Report of the Hyderabad Chloroform Commission
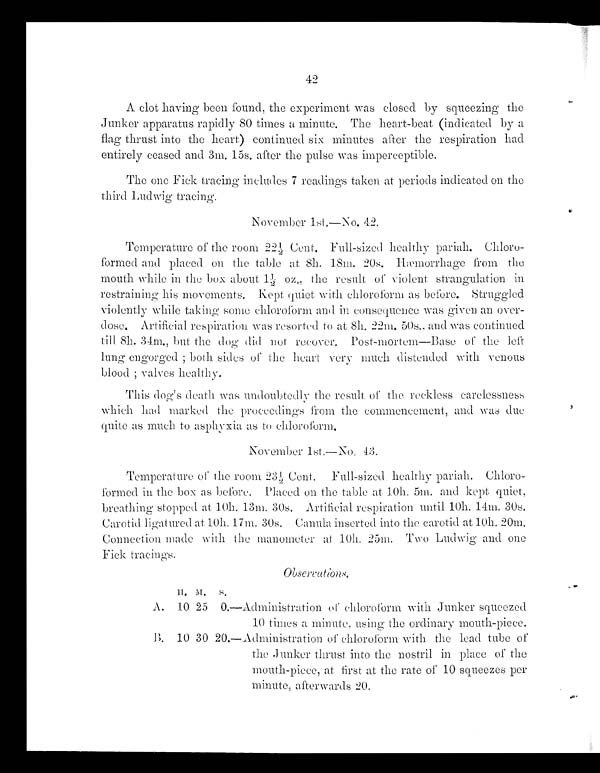
42
A clot having been found, the experiment was closed by squeezing the
Junker apparatus rapidly 80 times a minute. The heart-beat (indicated by a
flag thrust into the heart) continued six minutes after the respiration had
entirely ceased and 3m. 15s. after the pulse was imperceptible.
The one Fick tracing includes 7 readings taken at periods indicated on the
third Ludwig tracing.
November 1st.—No. 42.
Temperature of the room 22½ Cent. Full-sized healthy pariah. Chloro-
formed and placed on the table at 8h. 18m. 20s. Hæmorrhage from the
mouth
w h i l e i n t h e b o x a b o u t 1 ½ o z . , t h e r e s u l t o f v i o l e n t s t r a n g u l a t i o n i n r e s t r a i n i n g h i s m o v e m e n t s . K e p t q u i e t w i t h c h l o r o f o r m a s b e f o r e . S t r u g g l e d
violently while taking some chloroform and in consequence was given an over-
dose. Artificial. respiration was resorted to at 8h. 22m. 50s., and was continued
till. 8h . 34m., but the dog did not recover. Post-mortem—Base of the left
lung engorged both sides of' the heart very much distended with venous
bl ood; val ves heal t hy.
This dog's death was undoubtedly the result of the reckless carelessness
which had marked the proceedings from the commencement, and Was due
quite as much to asphyxia as to c h l o r o f o r m .
November 1st.—No. 43.
Temperature of the room 23½ Cent. Full-sized healthy pariah. Chloro-
formed in the box as before. Placed on the table at. 10h. 5m . and kept quiet,
breathing stopped at. 10h. 13m. 30s. Artificial respiration until 10h. 14m. 30s.
Carotid ligatured at 10h. 17m. 30s. Canula inserted into the carotid at 10h. 20m.
Connection made with the manometer at 10h. 25m. Two Ludwig and one
Fick tracings.
Observations.
H. M.
S .
A. 10 25 0. —Administration of chloroform with Junker squeezed
10 times a minute, using the ordinary mouth-piece.
B. 10 30 20.—Administration of chloroform with the lead tube of
the Junker thrust into the nostril in place of the
mouth-piece, at first at the rate of 10 squeezes per
minute, afterwards 20.